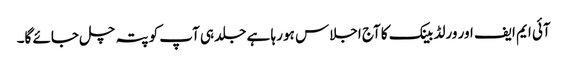
آئی ایم ایف اور ورلڈ بینک کا آج اجلاس ہو رہا ہے جلد ہی آپ کو پتہ چل جائے گا۔